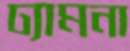
ঢ্যামনা